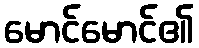
မောင်မောင်၏